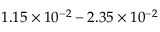
1 . 1 5 \times 1 0 ^ { - 2 } - 2 . 3 5 \times 1 0 ^ { - 2 }